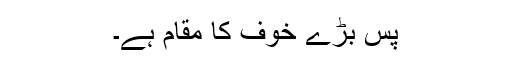
پس بڑے خوف کا مقام ہے۔